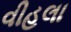
વીહલા